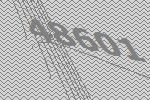
48601